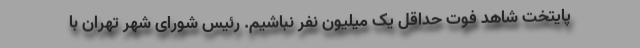
پایتخت شاهد فوت حداقل یک میلیون نفر نباشیم. رئیس شورای شهر تهران با